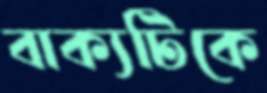
বাক্যটিকে